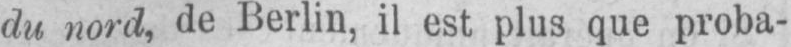
du nord, de Berlin, il est plus que proba-